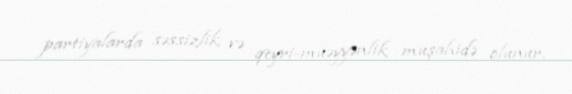
partiyalarda səssizlik və qeyri-müəyyənlik müşahidə olunur.